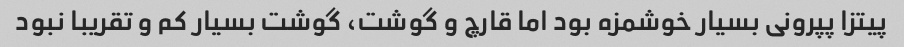
پیتزا پپرونی بسیار خوشمزه بود اما قارچ و گوشت، گوشت بسیار کم و تقریبا نبود